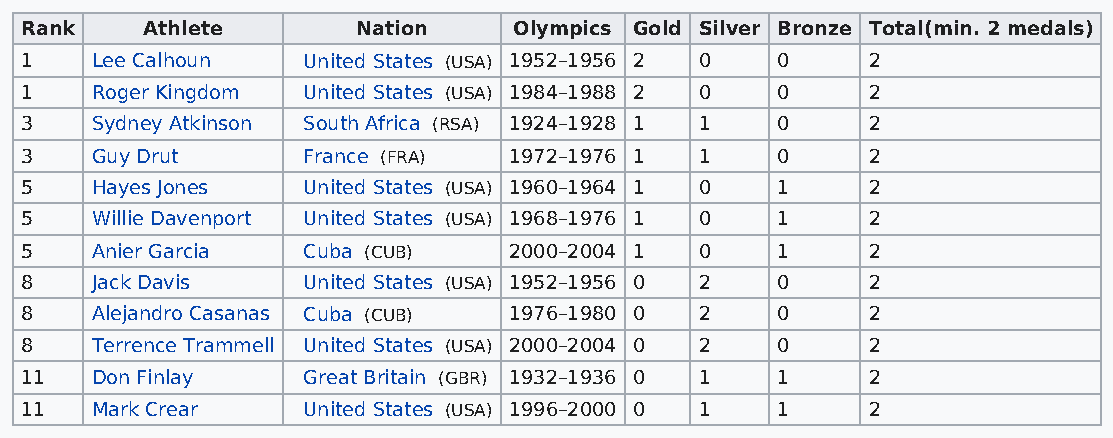
Rank    Athlete        Nation    Olympics Gold Silver Bronze Total(min. 2 medals)
 1    Lee Calhoun   United States (USA) 1952–1956 2 0 0  2
 1    Roger Kingdom United States (USA) 1984–1988 2 0 0  2
 3    Sydney Atkinson South Africa (RSA) 1924–1928 1 1 0 2
 3    Guy Drut      France (FRA)  1972–1976 1 1    0     2
 5    Hayes Jones   United States (USA) 1960–1964 1 0 1  2
 5    Willie Davenport United States (USA) 1968–1976 1 0 1 2
 5    Anier Garcia  Cuba (CUB)    2000–2004 1 0    1     2
 8    Jack Davis    United States (USA) 1952–1956 0 2 0  2
 8    Alejandro Casanas Cuba (CUB) 1976–1980 0 2   0     2
 8    Terrence Trammell United States (USA) 2000–2004 0 2 0 2
 11   Don Finlay    Great Britain (GBR) 1932–1936 0 1 1  2
 11   Mark Crear    United States (USA) 1996–2000 0 1 1  2